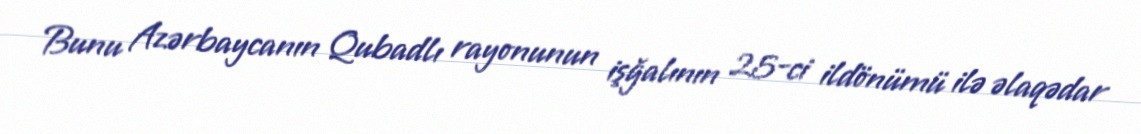
Bunu Azərbaycanın Qubadlı rayonunun işğalının 25-ci ildönümü ilə əlaqədar